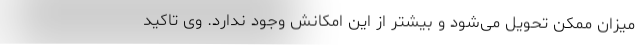
میزان ممکن تحویل می‌شود و بیشتر از این امکانش وجود ندارد. وی تاکید